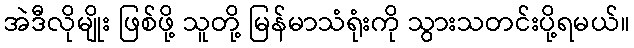
အဲဒီလိုမျိုး ဖြစ်ဖို့ သူတို့ မြန်မာသံရုံးကို သွားသတင်းပို့ရမယ်။